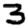
Digit: 3